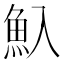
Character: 魞